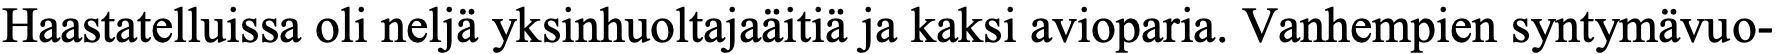
Haastatelluissa oli neljä yksinhuoltajaäitiä ja kaksi avioparia. Vanhempien syntymävuo-